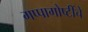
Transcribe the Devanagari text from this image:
गप्पागोष्टींचे